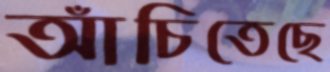
আঁচিতেছে